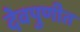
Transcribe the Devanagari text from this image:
देवपुणीत